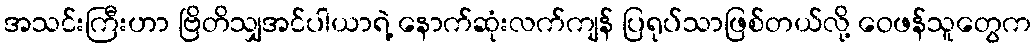
အသင်းကြီးဟာ ဗြိတိသျှအင်ပါယာရဲ့ နောက်ဆုံးလက်ကျန် ပြရုပ်သာဖြစ်တယ်လို့ ဝေဖန်သူတွေက